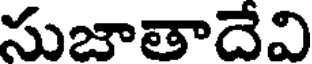
సుజాతాదేవి